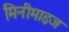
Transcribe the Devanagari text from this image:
मिनीमाइज